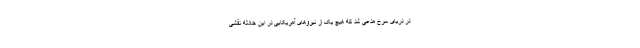
در دریای سرخ مدعی شد که هیچ یک از نیروهای آمریکایی در این حادثه نقشی